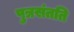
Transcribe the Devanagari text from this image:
पुत्रसंतति